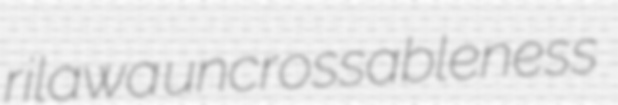
rilawa uncrossableness